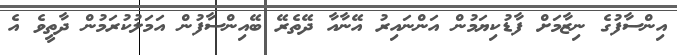
އިންސާފުގެ ނިޒާމަށް ފާޑުކިޔަމުން އަންނައިރު އޭނާއާ ދޭތެރޭ ބޭއިންސާފުން އަމަލުކުރަމުން ދާތީވެ އެ